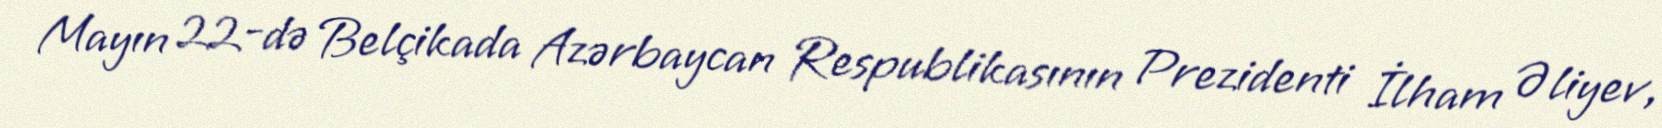
Mayın 22-də Belçikada Azərbaycan Respublikasının Prezidenti İlham Əliyev,